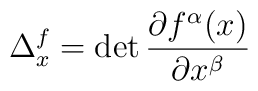
\Delta^{f}_{x} = \det\frac{\partial f^{\alpha}(x)}{\partial x^{\beta}}